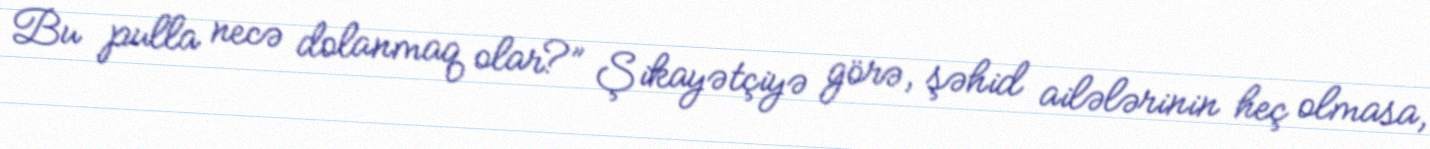
Bu pulla necə dolanmaq olar?” Şikayətçiyə görə, şəhid ailələrinin heç olmasa,